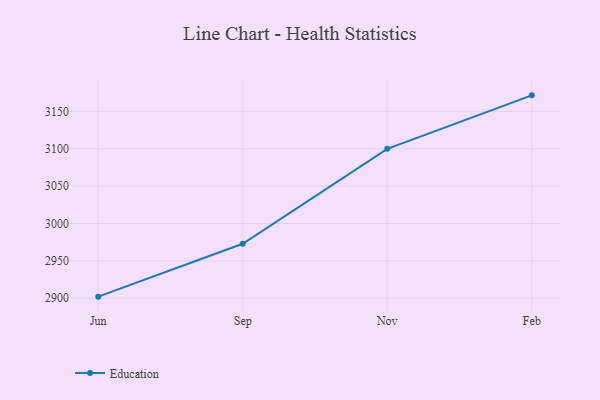
{"axis": {"x": "Month", "y": "Bounce Rate (%)"}, "legend": ["Education"], "data": [{"x": "Jun", "y": 2902.1, "type": "Education"}, {"x": "Sep", "y": 2972.9, "type": "Education"}, {"x": "Nov", "y": 3099.9, "type": "Education"}, {"x": "Feb", "y": 3171.5, "type": "Education"}]}